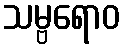
သမ္ဗရောဝ